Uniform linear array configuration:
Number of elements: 4
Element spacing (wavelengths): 1
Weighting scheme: kaiser
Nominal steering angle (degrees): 45
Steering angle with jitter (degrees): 44.288
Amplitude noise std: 0.05
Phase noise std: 0.05

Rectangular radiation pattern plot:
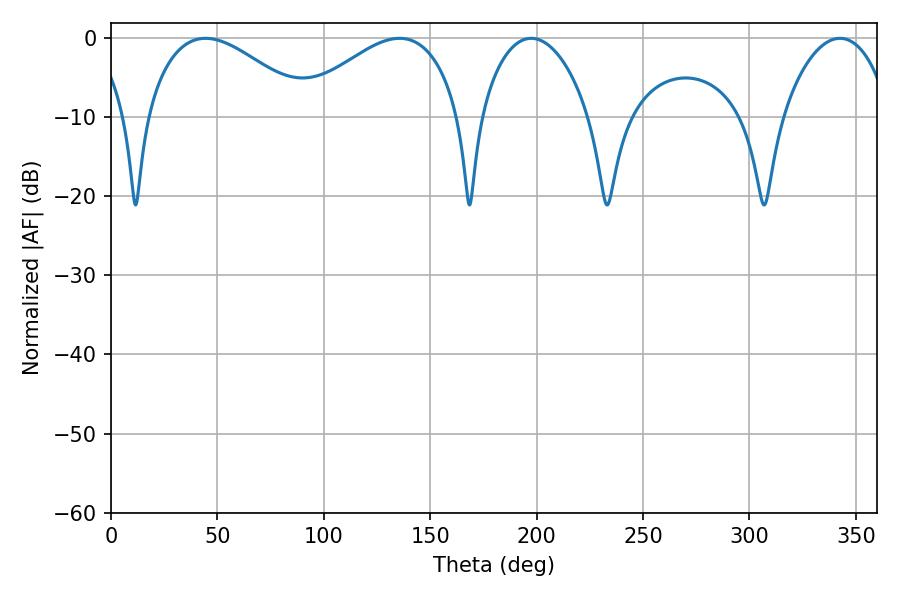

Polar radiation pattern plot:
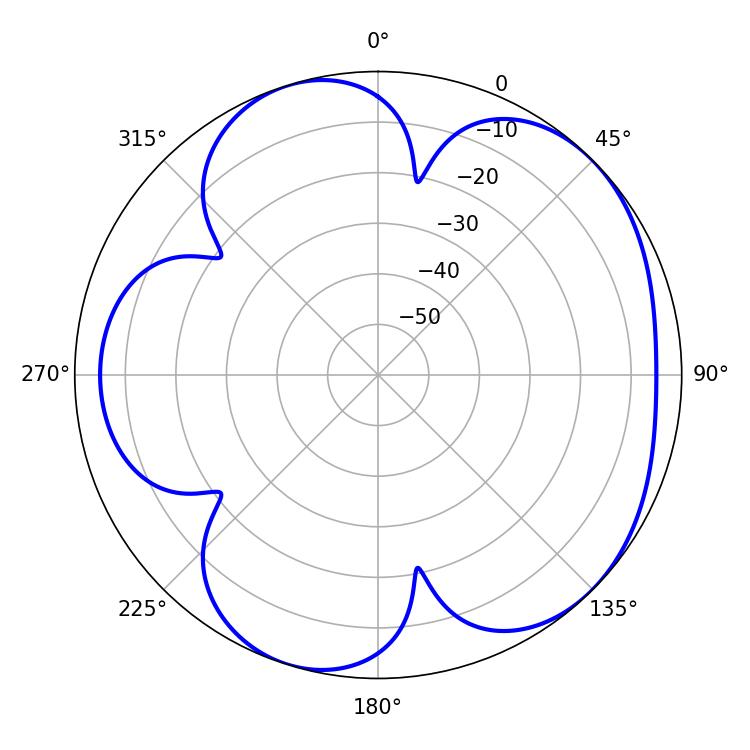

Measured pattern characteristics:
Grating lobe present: TRUE
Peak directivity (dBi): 5.101
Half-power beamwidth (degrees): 28.98
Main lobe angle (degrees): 197.46